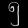
Digit: ၅